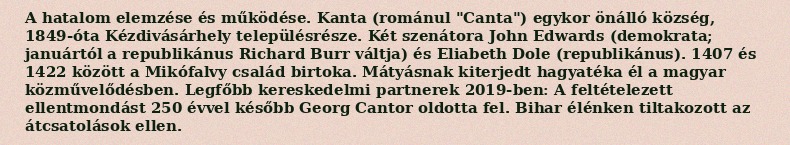
A hatalom elemzése és működése. Kanta (románul "Canta") egykor önálló község, 1849-óta Kézdivásárhely településrésze. Két szenátora John Edwards (demokrata; januártól a republikánus Richard Burr váltja) és Eliabeth Dole (republikánus). 1407 és 1422 között a Mikófalvy család birtoka. Mátyásnak kiterjedt hagyatéka él a magyar közművelődésben. Legfőbb kereskedelmi partnerek 2019-ben: A feltételezett ellentmondást 250 évvel később Georg Cantor oldotta fel. Bihar élénken tiltakozott az átcsatolások ellen.